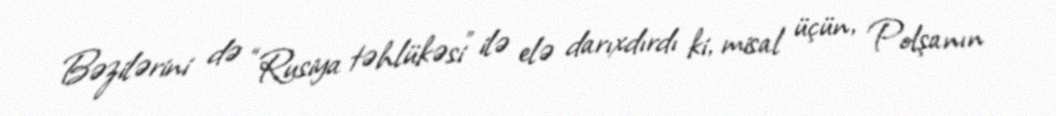
Bəzilərini də “Rusiya təhlükəsi” ilə elə darıxdırdı ki, misal üçün, Polşanın